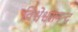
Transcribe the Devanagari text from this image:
विश्वेश्वरानन्द